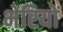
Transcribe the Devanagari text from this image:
भेरियों